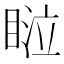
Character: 𰥴